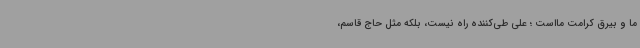
ما و بیرق کرامت مااست ؛ علی طی‌کننده راه نیست‌، بلکه مثل حاج قاسم‌،